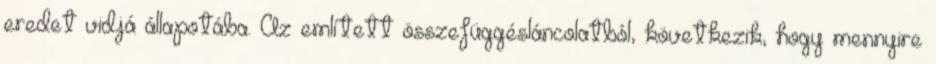
eredet vidjá állapotába. Az említett összefüggésláncolatból, következik, hogy mennyire